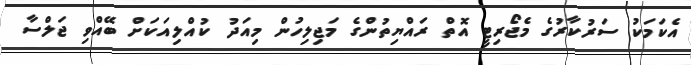
އެކަމަކު ސަރުކާރުގެ މެޖޯރިޓީ އޮތް ރައްޔިތުންގެ މަޖިލިހުން މިއަދު ކުއްލިއަކަށް ބޭއްވި ޖަލްސާ